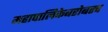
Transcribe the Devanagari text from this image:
महापालिकेबरोबरच